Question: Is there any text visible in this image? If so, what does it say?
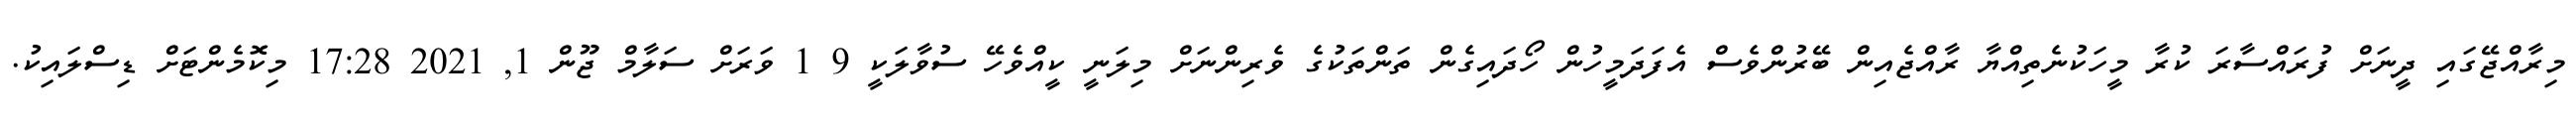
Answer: މިރާއްޖޭގައި ދީނަށް ފުރައްސާރަ ކުރާ މީހަކުނެތިއްޔާ ރާއްޖެއިން ބޭރުންވެސް އެފަދަމީހުން ހޯދައިގެން ތަންތަކުގެ ވެރިންނަށް މިލަނީ ކީއްވެހޭ ސުވާލަކީ 9 1 ވަރަށް ސަލާމް ޖޫން 1, 2021 17:28 މިކޮމެންޓަށް ޑިސްލައިކު.